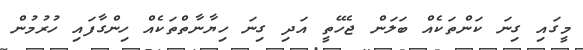
މީގައި ގިނަ ކަންތަކެއް ބަލަން ޖެހޭތީ އަދި ގިނަ ހިޔާނާތްތަކެއް ހިންގާފައި ހުރުމުން